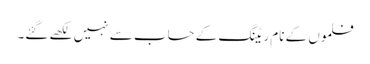
فلموں کے نام ریٹنگ کے حساب سے نہیں لکھے گئے۔